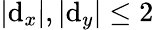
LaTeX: |\mathrm{d}_{x}|,|\mathrm{d}_{y}|\leq2